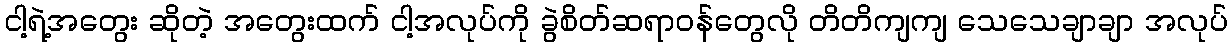
ငါ့ရဲ့အတွေး ဆိုတဲ့ အတွေးထက် ငါ့အလုပ်ကို ခွဲစိတ်ဆရာဝန်တွေလို တိတိကျကျ သေသေချာချာ အလုပ်